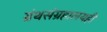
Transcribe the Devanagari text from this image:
ग्रंथसंग्रहालयही